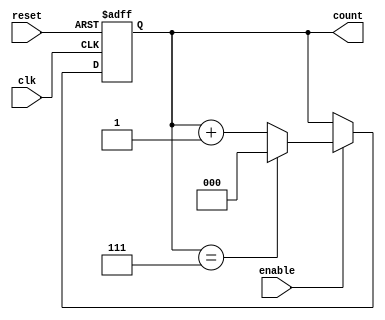
module mod_n_async_counter (
    input wire clk,            // Clock signal (for simulation purposes, not used for counting)
    input wire reset,          // Asynchronous reset signal
    input wire enable,         // Asynchronous enable signal
    output reg [2:0] count     // 3-bit output to represent the counter value (0 to 7)
);

// Asynchronous reset and counting logic
always @(posedge clk or posedge reset) begin
    if (reset) begin
        // Reset counter to 0
        count <= 3'b000;
    end else if (enable) begin
        // Increment the counter on enable signal
        if (count == 3'b111) begin
            count <= 3'b000; // Reset to 0 when reaching 8
        end else begin
            count <= count + 1; // Increment the count
        end
    end
end

endmodule